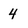
Character: 4